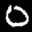
Label: 0